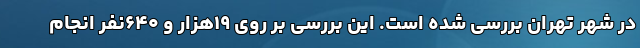
در شهر تهران بررسی شده است. این بررسی بر روی ۱۹هزار و ۶۴۰نفر انجام